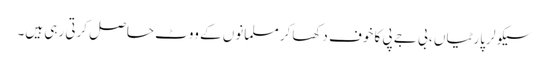
سیکولر پارٹیاں ، بی جے پی کا خوف دکھاکر مسلمانوں کے ووٹ حاصل کرتی رہی ہیں۔